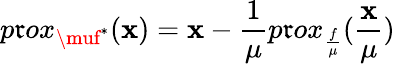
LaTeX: p\mathfrak{r}ox_{\muf^{*}}(\mathbf{{x}})=\mathbf{{x}}-\frac{{1}}{{\mu}}p\mathfrak{r}ox_{\frac{{f}}{{\mu}}}(\frac{{\mathbf{{x}}}}{{\mu}})